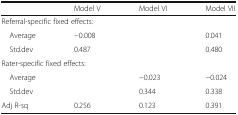
<table><thead><tr><td></td><td><b>Model V</b></td><td><b>Model VI</b></td><td><b>Model VII</b></td></tr></thead><tbody><tr><td colspan="4">Referral-specific fixed effects:</td></tr><tr><td> Average</td><td>−0.008</td><td></td><td>0.041</td></tr><tr><td> Std.dev</td><td>0.487</td><td></td><td>0.480</td></tr><tr><td colspan="4">Rater-specific fixed effects:</td></tr><tr><td> Average</td><td></td><td>−0.023</td><td>−0.024</td></tr><tr><td> Std.dev</td><td></td><td>0.344</td><td>0.338</td></tr><tr><td>Adj R-sq</td><td>0.256</td><td>0.123</td><td>0.391</td></tr></tbody></table>